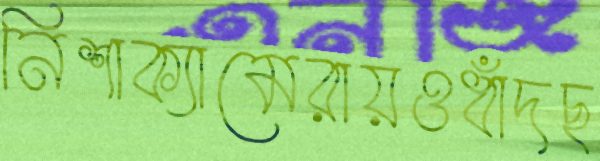
নিশাক্যামেরায়ওধাঁদছ